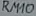
Text: RM10